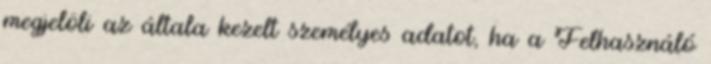
megjelöli az általa kezelt személyes adatot, ha a Felhasználó